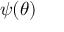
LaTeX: { \boldsymbol { \psi } } ( { \boldsymbol { \theta } } )